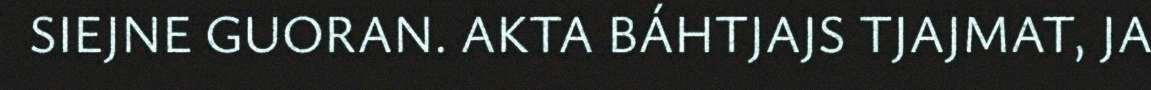
SIEJNE GUORAN. AKTA BÁHTJAJS TJAJMAT, JA